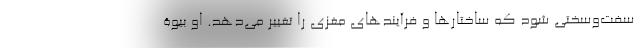
سفت‌وسختی شود که ساختارها و فرآیندهای مغزی را تغییر می‌دهد. او بیوۀ